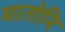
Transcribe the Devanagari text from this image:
मातोनि